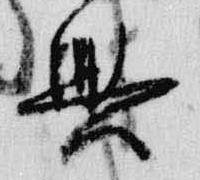
興